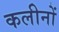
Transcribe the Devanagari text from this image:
कलीनों